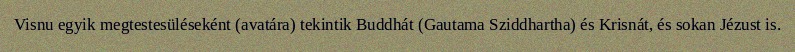
Visnu egyik megtestesüléseként (avatára) tekintik Buddhát (Gautama Sziddhartha) és Krisnát, és sokan Jézust is.